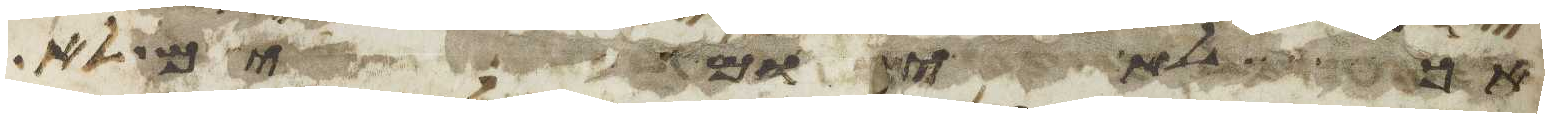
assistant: אתה ליהוה אלהיך לא